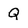
Character: Q